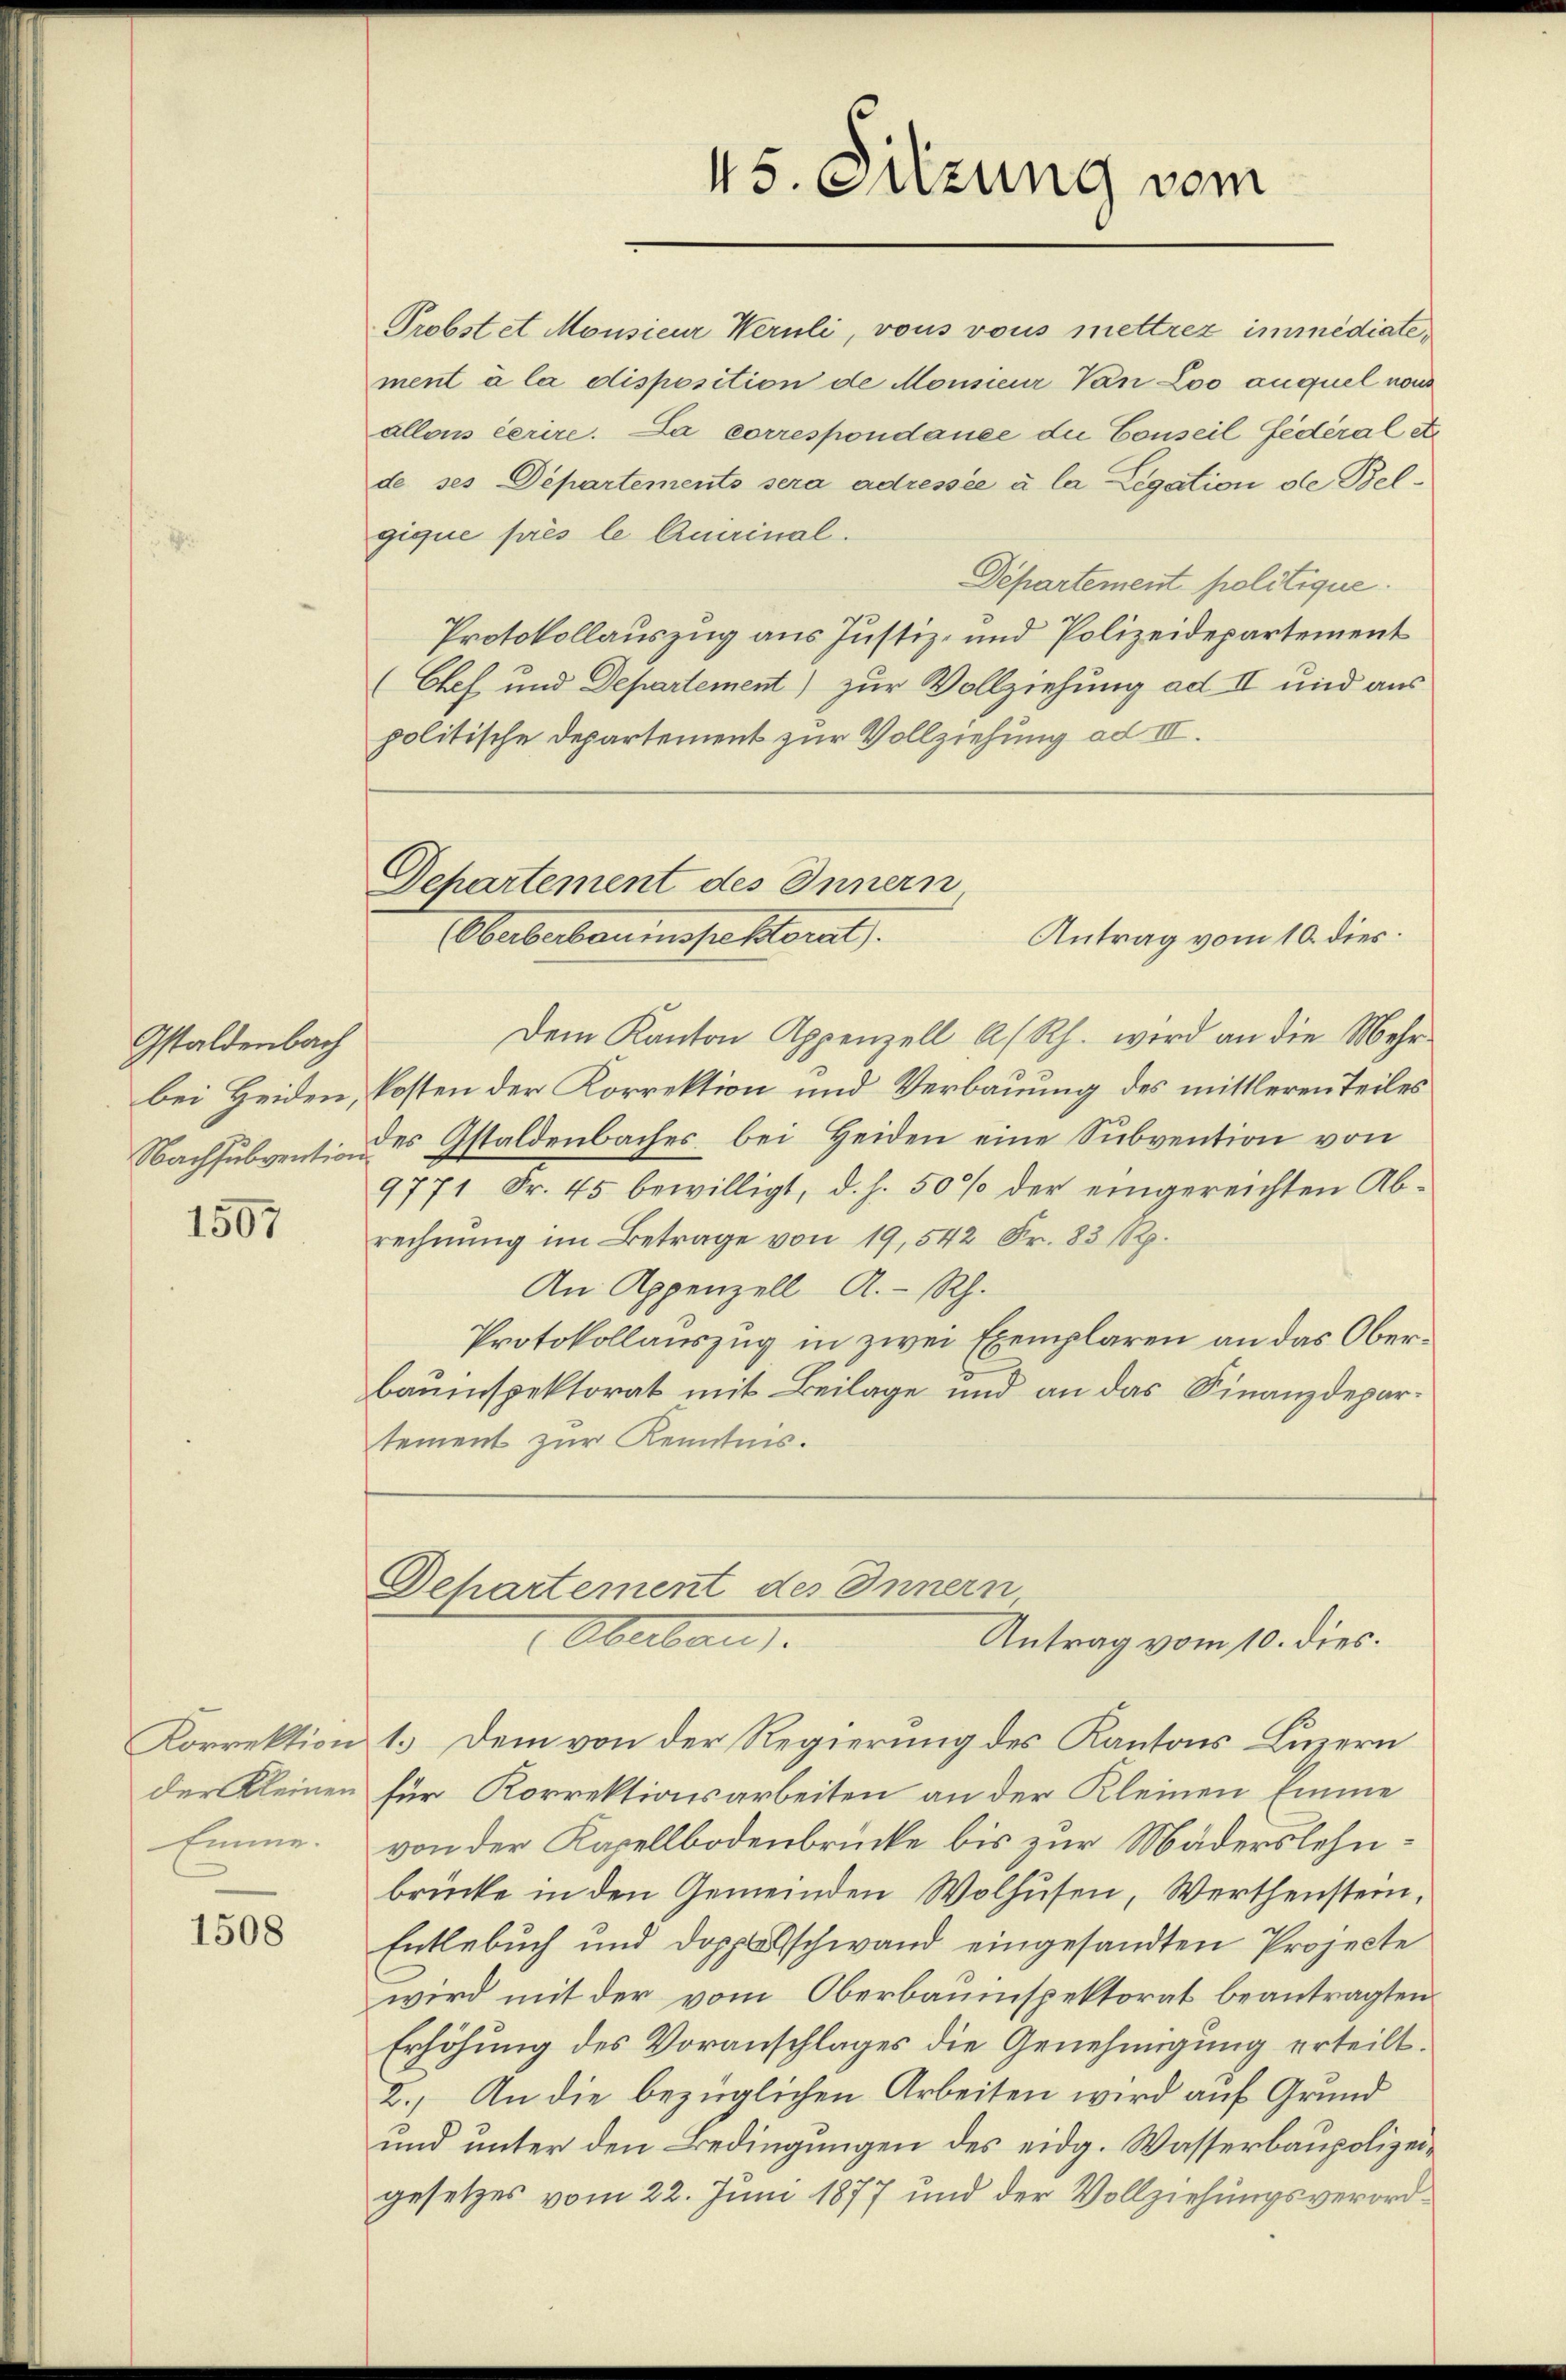
Gstaldenbach
Nachsubvention

1507

1508

45. Sitzung vom

Probstet Monsieur Heruli, vous vous mettrez immediate,
ment à la disposition de Monsieur Von Loo auquel nous
allons cerire. La correspondance die Conseil fédéral et
de ses Departements sera adressée à la Legation de Bel¬
Departement politique.
Protokollauszug aus Justiz- und Polizeidepartement
(Chef und Departement) zur Vollziehung ad II und aus
politische Departement zur Vollziehung ad III.

gique prés le Quirinal.

Separtement des Innern
Antrag vom 10. dies
Oberberbauinspektorat.

Departement des Innern
Oberbau
Antrag vom 10. dies.

Dem Kanton Appenzell A/Rh. wird an die Mehrbei Heiden, kosten der Korrektion und Verbauung des mittleren Teiles
des Gstaldenbaches bei Heiden eine Subvention von
9771 Fr. 45 bewilligt, d. h. 50 % der eingereichten Abrechnung im Betrage von 19,542 Fr. 83 Rp.
An Appenzell A.-Rh.
Protokollauszug in zwei Exemplaren an das Oberbauinspektorat mit Beilage und an das Finanzdepartement zur Kenntnis.

Korrektion 1. Dem von der Regierung des Kantons Luzern
der Kleinen für Korrektionsarbeiten an der Kleinen Emme
Emme. von der Kapellbodenbrücke bis zur Maderslehnbrücke in den Gemeinden Wolhusen, Werthenstein,
Entlebuch und Doppelschwand eingesandten Projecte
wird mit der vom Oberbauinspektorat beantragten
Erhöhung des Voranschlages die Genehmigung erteilt.
2.) An die bezüglichen Arbeiten wird auf Grund
und unter den Bedingungen des eidg. Wasserbaupolizeigesetzes vom 22. Juni 1877 und der Vollziehungsverord¬